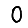
Digit: 0